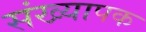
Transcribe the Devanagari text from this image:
संख्यापक